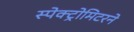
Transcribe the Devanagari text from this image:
स्पेक्ट्रोमिटरने